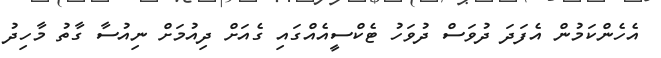
އެހެންކަމުން އެފަދަ ދުވަސް ދުވަހު ޓެކްސީއެއްގައި ގެއަށް ދިއުމަށް ނިއުސާ ގާތު މާހިދު